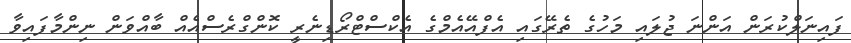
ފައިނަލްކުރަން އަންނަ ޖުލައި މަހުގެ ތެރޭގައި އެފްއޭއެމްގެ އެކްސްޓްރޯޑިނެރީ ކޮންގްރެސްއެއް ބާއްވަން ނިންމާފައިވާ